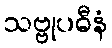
သဗ္ဗုပဓီနံ